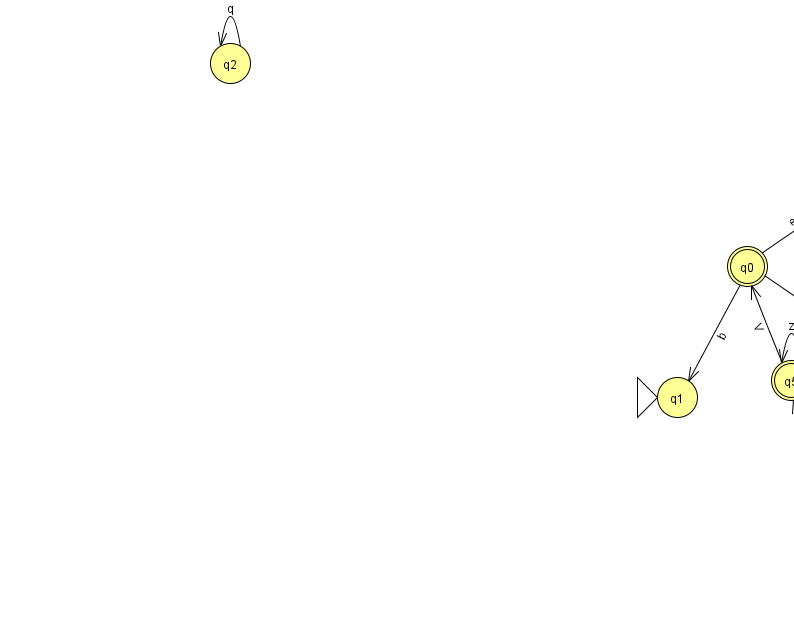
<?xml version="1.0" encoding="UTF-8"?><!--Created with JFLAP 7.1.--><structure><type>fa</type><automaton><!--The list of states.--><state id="0" name="q0"><x>747.0</x><y>253.0</y><final/></state><state id="1" name="q1"><x>677.0</x><y>384.0</y><initial/></state><state id="2" name="q2"><x>230.0</x><y>50.0</y></state><state id="3" name="q3"><x>835.0</x><y>551.0</y></state><state id="4" name="q4"><x>850.0</x><y>182.0</y></state><state id="5" name="q5"><x>791.0</x><y>367.0</y><final/></state><state id="7" name="q7"><x>925.0</x><y>376.0</y></state><state id="8" name="q8"><x>966.0</x><y>583.0</y></state><!--The list of transitions.--><transition><from>4</from><to>4</to><read>P</read></transition><transition><from>5</from><to>0</to><read>V</read></transition><transition><from>2</from><to>2</to><read>q</read></transition><transition><from>4</from><to>5</to><read>G</read></transition><transition><from>0</from><to>1</to><read>b</read></transition><transition><from>0</from><to>7</to><read>r</read></transition><transition><from>5</from><to>5</to><read>z</read></transition><transition><from>0</from><to>4</to><read>e</read></transition><transition><from>3</from><to>5</to><read>I</read></transition><transition><from>3</from><to>8</to><read>B</read></transition><transition><from>5</from><to>7</to><read>S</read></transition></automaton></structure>